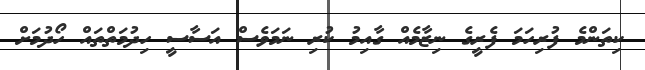
ކިތަންމެ ފުރިހަމަ ފެރީގެ ނިޒާމެއް ގާއިމު ކުރި ނަމަވެސް އަސާސީ ހިދުމަތްތައް ހޯދުމަށް